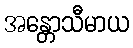
အန္တောသီမာယ